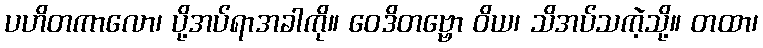
ပဟိတကာလော၊ ပို့အပ်ရာအခါကို။ ဝေဒိတဗ္ဗော ဝိယ၊ သိအပ်သကဲ့သို့။ တထာ၊